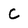
Character: C